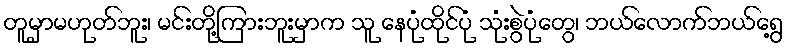
တူမှာမဟုတ်ဘူး၊ မင်းတို့ကြားဘူးမှာက သူ နေပုံထိုင်ပုံ သုံးစွဲပုံတွေ၊ ဘယ်လောက်ဘယ်ရွေ့